Civil Veterinary Dept. Bombay admin report 1893-99 - 1893-1899
Year: 1893
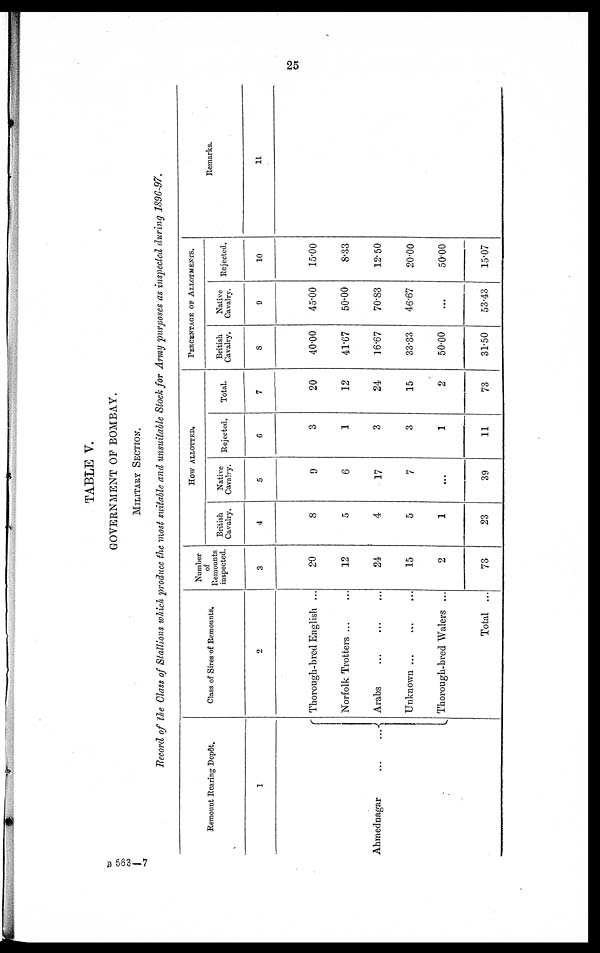
25
TABLE V.
GOVERNMENT OF BOMBAY.
MILITARY SECTION.
Record of the Class of Stallions which produce the most suitable and unsuitable Stock for Army purposes as inspected during 1896-97.
Remount Rearing Depôt.
1
Ahmednagar
...
...
Class of Sires of Remounts.
2
Thorough-bred English ...
Norfolk Trotters ... ...
Arabs
...
...
...
Unknown ...
Thorough-bred Walers ...
Total ...
Number
of
Remounts
inspected.
3
20
12
24
15
2
73
HOW ALLOTTED.
British
Cavalry.
4
8
5
4
5
1
23
Native
Cavalry.
5
9
6
17
7
...
39
Rejected.
6
3
1
3
3
1
11
Total.
7
20
12
24
15
2
73
PERCENTAGE OF ALLOTMENTS.
British
Cavalry.
8
40.00
41.67
16.67
33.33
50.00
31.50
Native
Cavalry.
9
45.00
50.00
70.83
46.67
...
53.43
Rejected.
10
15.00
8.33
12.50
20.00
5000
15.07
Remarks.
11
B 563—7